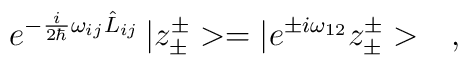
e^{-\frac{i}{2\hbar}\omega_{ij}\hat{L}_{ij}}\,|z^\pm_\pm>=|e^{\pm i\omega_{12}}z^\pm_\pm>\ \ \ ,